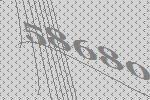
58680